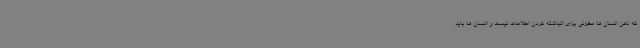
که ذهن انسان ها مخزنی برای انباشته کردن اطلاعات نیست و انسان ها باید